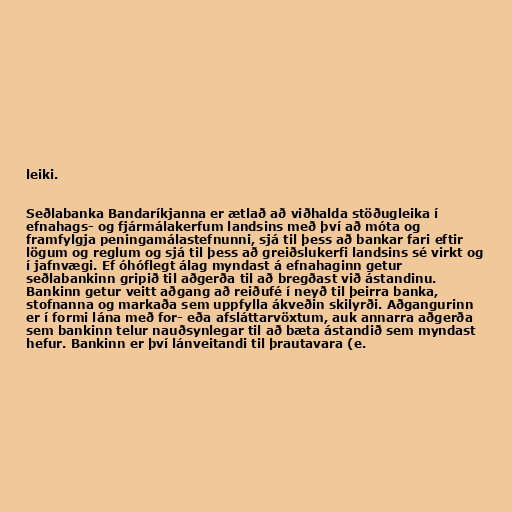
leiki.

Seðlabanka Bandaríkjanna er ætlað að viðhalda stöðugleika í
efnahags- og fjármálakerfum landsins með því að móta og
framfylgja peningamálastefnunni, sjá til þess að bankar fari eftir
lögum og reglum og sjá til þess að greiðslukerfi landsins sé virkt og
í jafnvægi. Ef óhóflegt álag myndast á efnahaginn getur
seðlabankinn gripið til aðgerða til að bregðast við ástandinu.
Bankinn getur veitt aðgang að reiðufé í neyð til þeirra banka,
stofnanna og markaða sem uppfylla ákveðin skilyrði. Aðgangurinn
er í formi lána með for- eða afsláttarvöxtum, auk annarra aðgerða
sem bankinn telur nauðsynlegar til að bæta ástandið sem myndast
hefur. Bankinn er því lánveitandi til þrautavara (e.